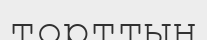
торттың